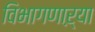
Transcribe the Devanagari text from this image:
विभागणाऱ्या